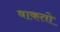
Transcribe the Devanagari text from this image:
वाकतो